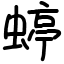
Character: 蝏